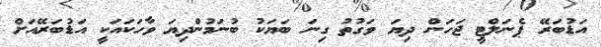
އަޑުބަރޭ ޕެނަލްޓީ ޖަހަން ދިޔަ ވަގުތު ގިނަ ބަޔަކު ބުނަމުންދިޔަ ވާހަކައަކީ އަޑުބަރޭއަށް